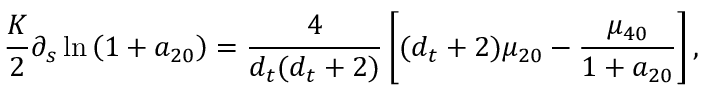
\frac { K } { 2 } \partial _ { s } \ln \left( 1 + a _ { 2 0 } \right) = \frac { 4 } { { d _ { t } } ( { d _ { t } } + 2 ) } \left[ ( { d _ { t } } + 2 ) \mu _ { 2 0 } - \frac { \mu _ { 4 0 } } { 1 + a _ { 2 0 } } \right] ,